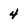
Character: 4